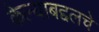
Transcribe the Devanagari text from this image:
केल्याबद्दलचे